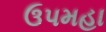
ઉપમહા